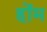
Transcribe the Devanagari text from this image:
होंम